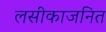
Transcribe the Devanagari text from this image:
लसीकाजनित